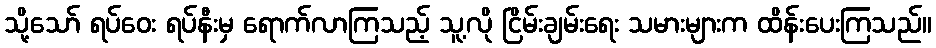
သို့သော် ရပ်ဝေး ရပ်နီးမှ ရောက်လာကြသည့် သူ့လို ငြိမ်းချမ်းရေး သမားများက ထိန်းပေးကြသည်။